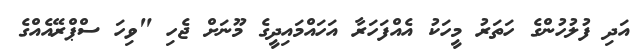
އަދި ފުލުހުންގެ ހަތަރު މީހަކު އެއްފަހަރާ އަހައްމައިދީގެ މޫނަށް ޖެހި "ވިހަ ސްޕްރޭއެއްގެ